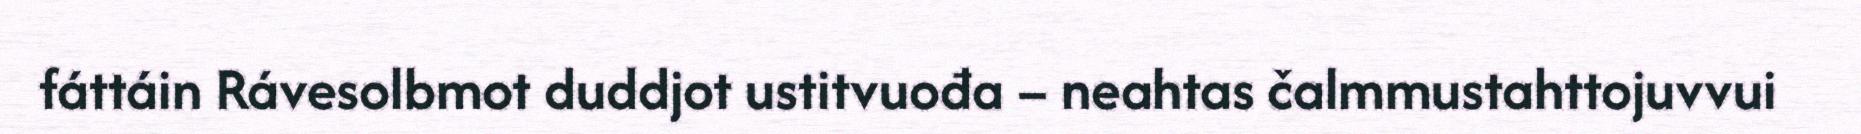
fáttáin Rávesolbmot duddjot ustitvuođa – neahtas čalmmustahttojuvvui